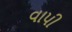
વાપી